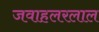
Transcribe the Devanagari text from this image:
जवाहलरलाल